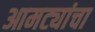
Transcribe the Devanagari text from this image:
आमट्यांचा